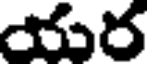
యర